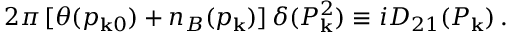
2 \pi \, [ \theta ( p _ { { \bf k } 0 } ) + n _ { B } ( p _ { \bf k } ) ] \, \delta ( P _ { \bf k } ^ { 2 } ) \equiv i D _ { 2 1 } ( P _ { \bf k } ) \, .